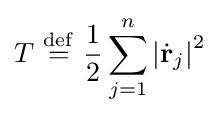
T\ {\stackrel {\mathrm {def} }{=}}\ {\frac {1}{2}}\sum _{j=1}^{n}\left|{\dot {\mathbf {r} }}_{j}\right|^{2}